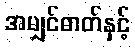
အမျှင်ဓာတ်နှင့်